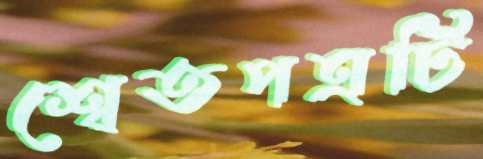
শ্বেতপত্রটি